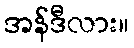
အန်ဒီလား။